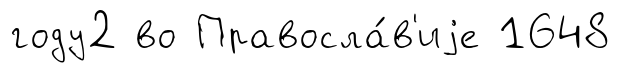
году2 во Правосла́в'иjе 1648